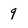
Character: 9